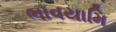
ભાવયામિ